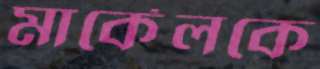
মার্কেলকে